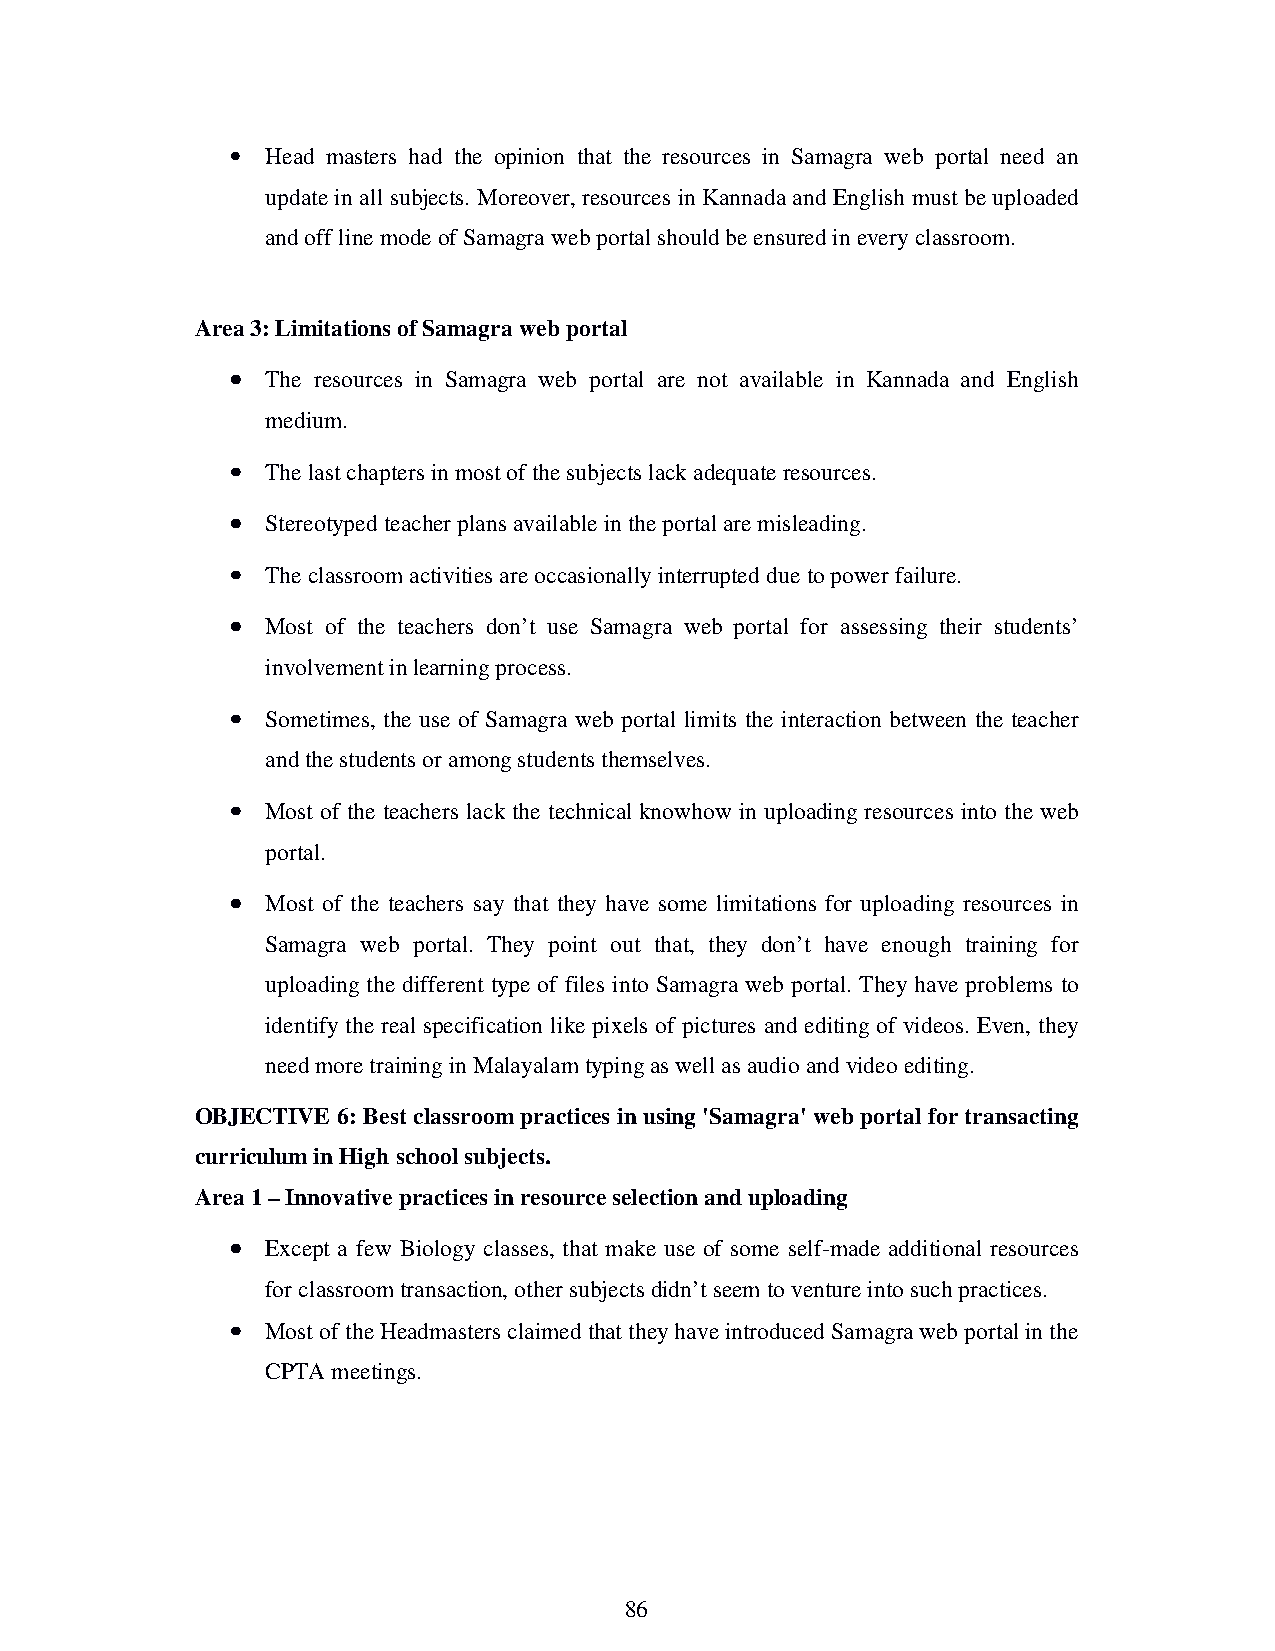
•  Head masters had the opinion that the resources in Samagra web portal need an
 update in all subjects. Moreover, resources in Kannada and English must be uploaded
 and off line mode of Samagra web portal should be ensured in every classroom.
 Area 3: Limitations of Samagra web portal
 •••• The resources in Samagra web portal are not available in Kannada and English
 medium.
 •••• The last chapters in most of the subjects lack adequate resources.
 •••• Stereotyped teacher plans available in the portal are misleading.
 •••• The classroom activities are occasionally interrupted due to power failure.
 •••• Most of the teachers don’t use Samagra web portal for assessing their students’
 involvement in learning process.
 •••• Sometimes, the use of Samagra web portal limits the interaction between the teacher
 and the students or among students themselves.
 •••• Most of the teachers lack the technical knowhow in uploading resources into the web
 portal.
 •••• Most of the teachers say that they have some limitations for uploading resources in
 Samagra web portal. They point out that, they don’t have enough training for
 uploading the different type of files into Samagra web portal. They have problems to
 identify the real specification like pixels of pictures and editing of videos. Even, they
 need more training in Malayalam typing as well as audio and video editing.
 OBJECTIVE 6: Best classroom practices in using 'Samagra' web portal for transacting
 curriculum in High school subjects.
 Area 1 – Innovative practices in resource selection and uploading
 •••• Except a few Biology classes, that make use of some self-made additional resources
 for classroom transaction, other subjects didn’t seem to venture into such practices.
 •••• Most of the Headmasters claimed that they have introduced Samagra web portal in the
 CPTA meetings.
 86